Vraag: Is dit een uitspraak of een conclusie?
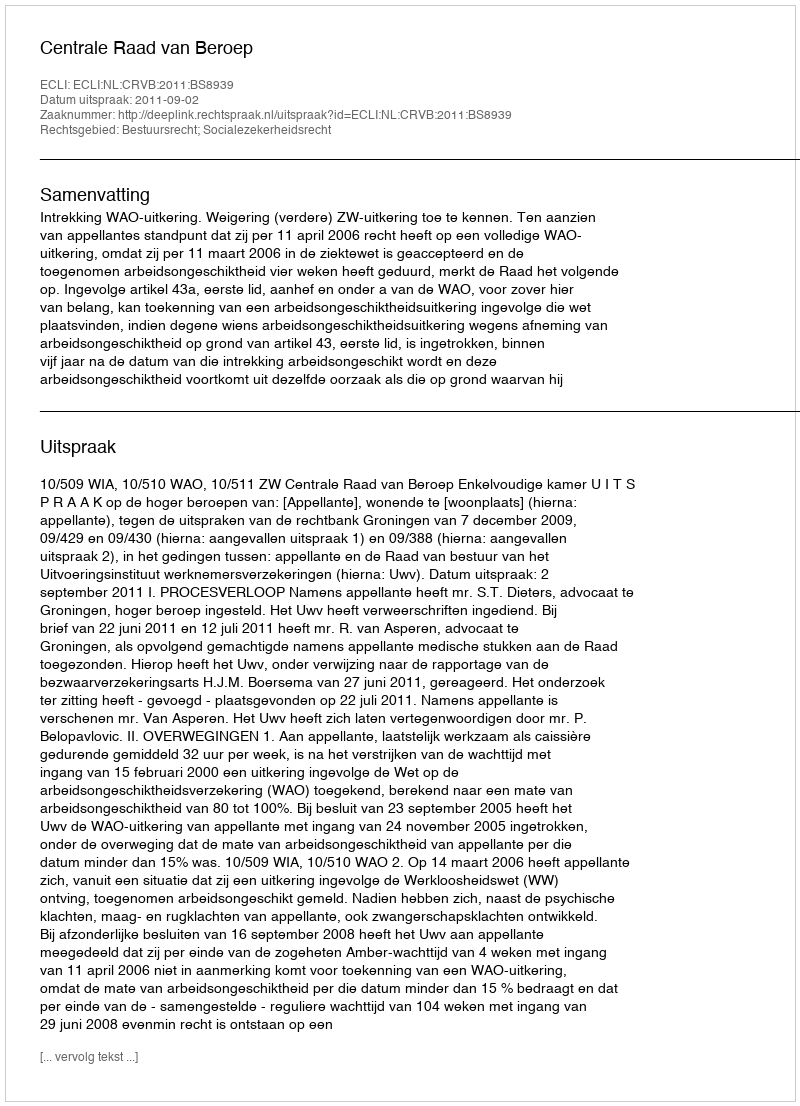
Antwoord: Uitspraak